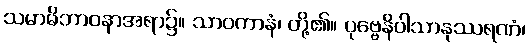
သမာဓိဘာဝနာအရာ၌။ သာဝကာနံ၊ တို့၏။ ပုဗ္ဗေနိဝါသာနုဿရဏံ၊